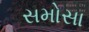
સમોસા